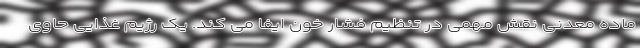
ماده معدنی نقش مهمی در تنظیم فشار خون ایفا می کند. یک رژیم غذایی حاوی